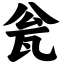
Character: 瓮